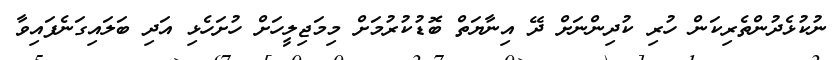
ނުކުޅެދުންތެރިކަން ހުރި ކުދިންނަށް ދޭ އިނާޔަތް ބޮޑުކުރުމަށް މިމަޖިލީހަށް ހުށަހެޅި އަދި ބަލައިގަނެފައިވާ